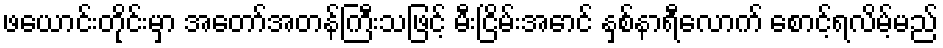
ဖယောင်းတိုင်းမှာ အတော်အတန်ကြီးသဖြင့် မီးငြိမ်းအောင် နှစ်နာရီလောက် စောင့်ရလိမ့်မည်